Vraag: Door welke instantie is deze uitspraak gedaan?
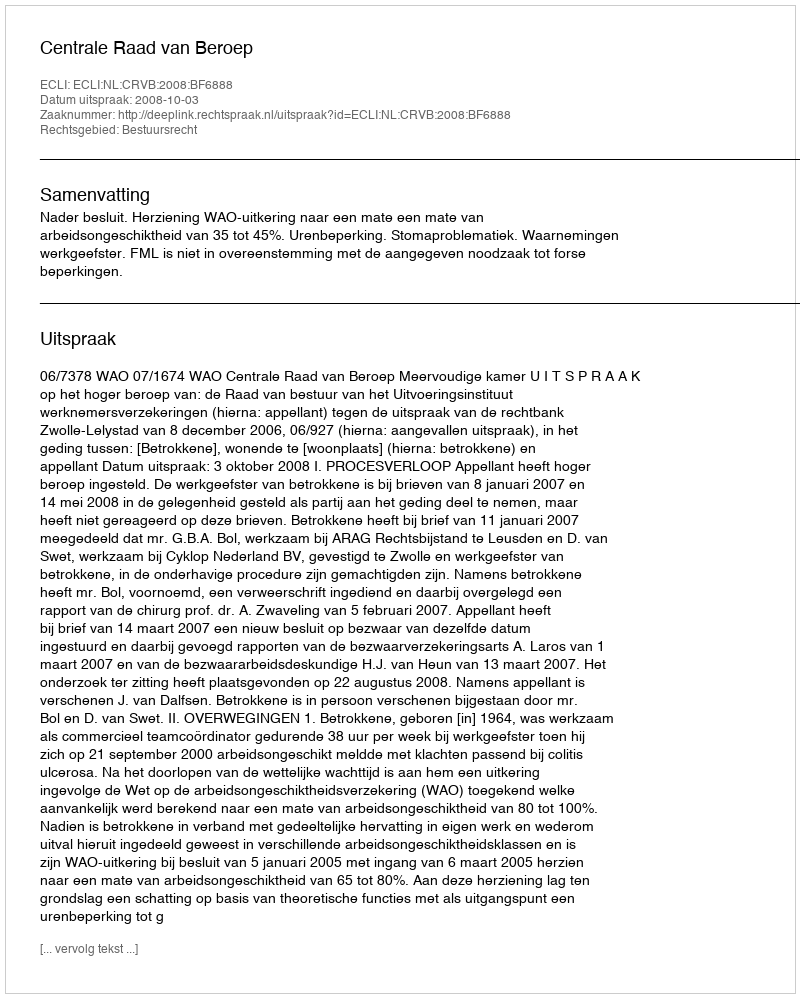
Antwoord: Centrale Raad van Beroep